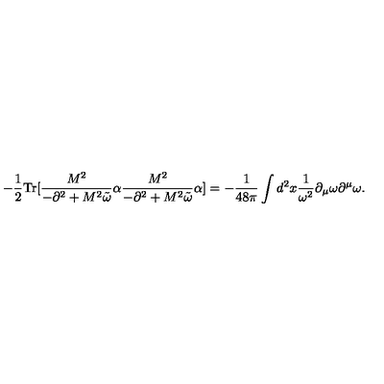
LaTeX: - \frac { 1 } { 2 } \mathrm { T r } [ \frac { M ^ { 2 } } { - \partial ^ { 2 } + M ^ { 2 } { \tilde { \omega } } } \alpha \frac { M ^ { 2 } } { - \partial ^ { 2 } + M ^ { 2 } { \tilde { \omega } } } \alpha ] = - { \frac { 1 } { 4 8 \pi } } \int d ^ { 2 } x { \frac { 1 } { \omega ^ { 2 } } } \partial _ { \mu } \omega \partial ^ { \mu } \omega .